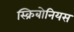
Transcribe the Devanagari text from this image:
स्क्रिबोनियस